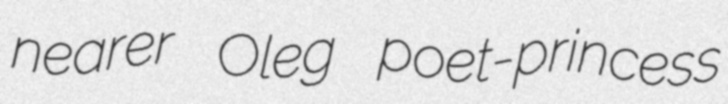
nearer Oleg poet-princess